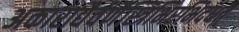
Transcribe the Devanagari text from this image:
अकाराद्यैर्वर्णैस्त्रिभिरभिदधत्